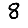
Digit: 8